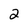
Character: 2